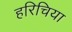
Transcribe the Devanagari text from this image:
हरिचिया